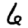
Digit: 6